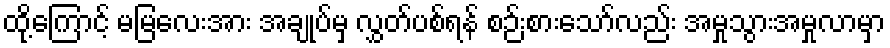
ထို့ကြောင့် မမြလေးအား အချုပ်မှ လွှတ်ပစ်ရန် စဉ်းစားသော်လည်း အမှုသွားအမှုလာမှာ